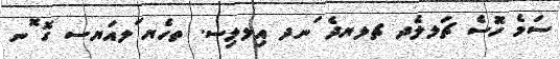
ސަމެ ހޮުސެ ޗަލލެދ ޗލޔދެ ަނދ އިލލިސ. ތހެޔ ަަލއަޔސ ގޮ ޮނ